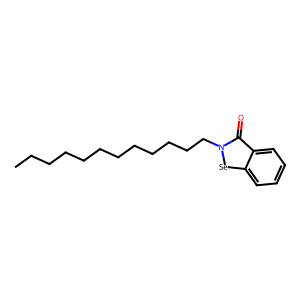
SMILES: CCCCCCCCCCCCn1[se]c2ccccc2c1=O
Inhibits HIV replication: Yes